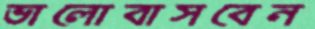
ভালোবাসবেন